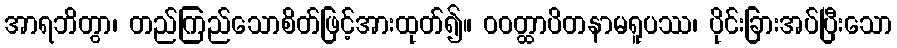
အာရဘိတွာ၊ တည်ကြည်သောစိတ်ဖြင့်အားထုတ်၍။ ဝဝတ္ထာပိတနာမရူပဿ၊ ပိုင်းခြားအပ်ပြီးသော